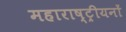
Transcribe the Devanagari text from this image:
महाराष्ट्रीयनों